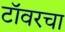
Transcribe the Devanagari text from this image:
टॉवरचा